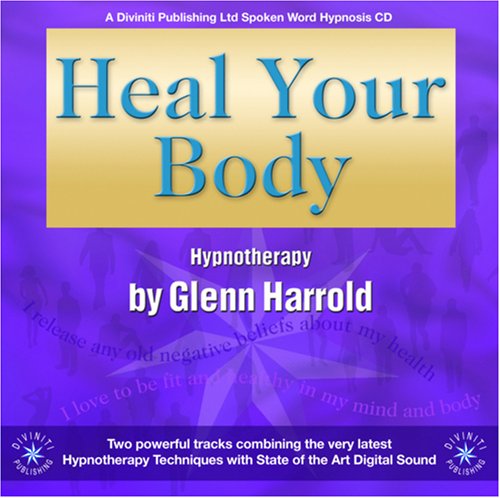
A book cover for Heal Your Body; Glenn Harrold; Self-Help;